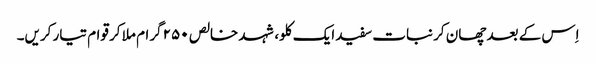
اِس کے بعد چھان کر نبات سفید ایک کلو، شہد خالص ۲۵۰ گرام ملا کر قوام تیار کریں۔